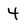
Character: 4